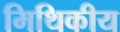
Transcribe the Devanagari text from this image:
मिथिकीय